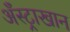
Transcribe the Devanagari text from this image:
अँस्ट्राखान